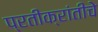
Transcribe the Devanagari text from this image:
प्रतीक्रांतीचे